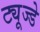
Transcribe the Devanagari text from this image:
ट्यूज्डे